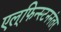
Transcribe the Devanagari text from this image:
एल्‌फिन्स्टननंतर